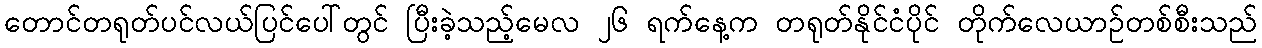
တောင်တရုတ်ပင်လယ်ပြင်ပေါ်တွင် ပြီးခဲ့သည့်မေလ ၂၆ ရက်နေ့က တရုတ်နိုင်ငံပိုင် တိုက်လေယာဉ်တစ်စီးသည်